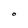
Character: O